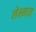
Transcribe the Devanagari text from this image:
लेश्मात्र